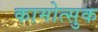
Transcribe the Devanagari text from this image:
कामोत्सुक